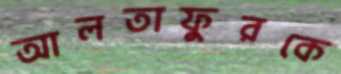
আলতাফুরকে